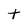
Character: t